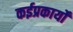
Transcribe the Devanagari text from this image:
कईप्रकार्यों